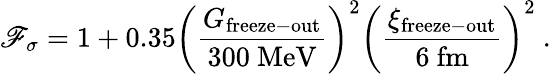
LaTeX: \mathscr{F}_{\sigma}=1+0.35\left(\frac{{G_{\mathrm{{freeze-out}}}}}{{300\ \mathrm{{MeV}}}}\right)^{2}\left(\frac{{\xi_{\mathrm{{freeze-out}}}}}{{6\ \mathrm{{fm}}}}\right)^{2}\ .